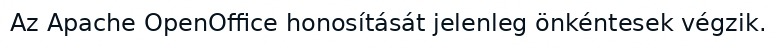
Az Apache OpenOffice honosítását jelenleg önkéntesek végzik.